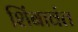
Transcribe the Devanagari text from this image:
शिंबावंत